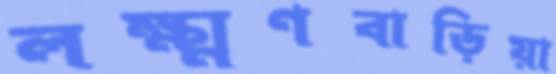
লক্ষ্মণবাড়িয়া